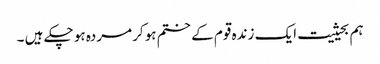
ہم بحیثیت ایک زندہ قوم کے ختم ہوکر مردہ ہو چکے ہیں ۔